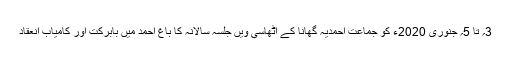
3؍ تا 5؍ جنوری 2020ء کو جماعت احمدیہ گھانا کے اٹھاسی ویں جلسہ سالانہ کا باغِ احمد میں بابرکت اور کامیاب انعقاد